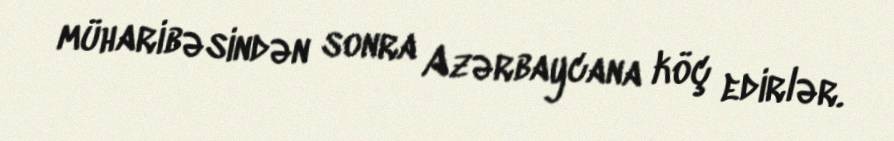
müharibəsindən sonra Azərbaycana köç edirlər.